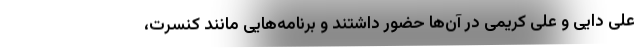
علی دایی و علی کریمی در آن‌ها حضور داشتند و برنامه‌هایی مانند کنسرت،